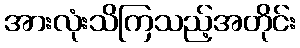
အားလုံးသိကြသည့်အတိုင်း